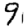
Digit: 9